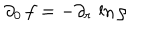
\partial _ { 0 } \, f = - \partial _ { r } \, \ln \rho